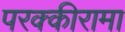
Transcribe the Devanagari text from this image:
परक्कीरामा